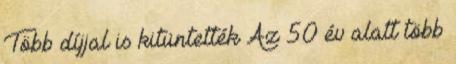
Több díjjal is kitüntették Az 50 év alatt több